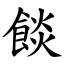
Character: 餤